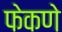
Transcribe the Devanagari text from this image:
फेकणे